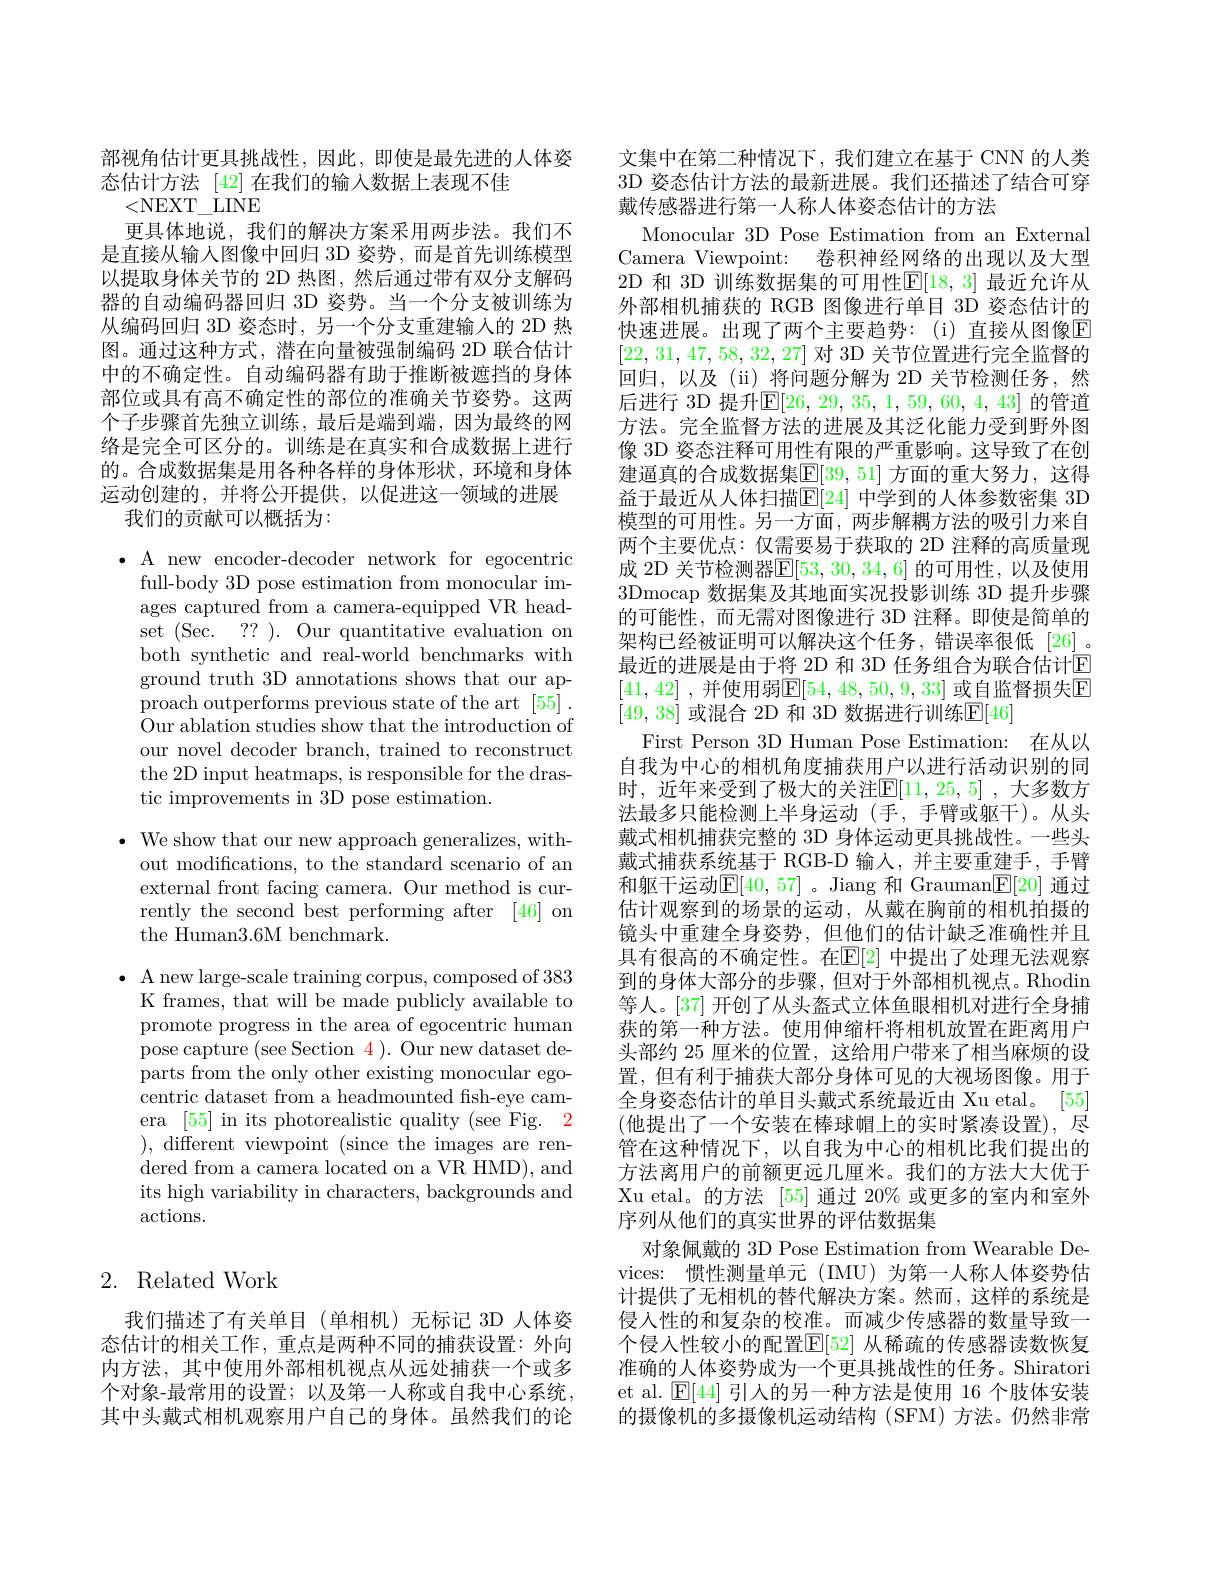
部视角估计更具挑战性，因此，即使是最先进的人体姿
态估计方法 [42]在我们的输入数据上表现不佳
<NEXT\_LINE
更具体地说，我们的解决方案采用两步法。我们不是直接从输入图像中回归 3D 姿势，而是首先训练模型以提取身体关节的 2D 热图，然后通过带有双分支解码器的自动编码器回归 3D 姿势。当一个分支被训练为从编码回归 3D 姿态时，另一个分支重建输人的 2D 热图。通过这种方式，潜在向量被强制编码 2D 联合估计中的不确定性。自动编码器有助于推断被遮挡的身体部位或具有高不确定性的部位的准确关节姿势。这两个子步骤首先独立训练，最后是端到端，因为最终的网络是完全可区分的。训练是在真实和合成数据上进行的。合成数据集是用各种各样的身体形状，环境和身体运动创建的，并将公开提供，以促进这一领域的进展
我们的贡献可以概括为：

$\bullet$ A new encoder-decoder network for egocentric
full-body 3D pose estimation from monocular images captured from a camera-equipped VR headset (Sec. ??). Our quantitative evaluation on both synthetic and real-world benchmarks with ground truth 3D annotations shows that our approach outperforms previous state of the art [55] . Our ablation studies show that the introduction of our novel decoder branch, trained to reconstruct the 2D input heatmaps, is responsible for the drastic improvements in 3D pose estimation.
$\bullet$ We show that our new approach generalizes, with-
out modifications, to the standard scenario of an external front facing camera. Our method is currently the second best performing after [46] on the Human3.6M benchmark.

$\bullet$ A new large-scale training corpus, composed of 383
K frames, that will be made publicly available to promote progress in the area of egocentric human pose capture (see Section 4). Our new dataset departs from the only other existing monocular egocentric dataset from a headmounted fish-eye camera [55] in its photorealistic quality (see Fig. 2 ), different viewpoint (since the images are rendered from a camera located on a VR HMD), and its high variability in characters, backgrounds and actions.

# 2. Related Work

我们描述了有关单目(单相机)无标记 3D 人体姿态估计的相关工作，重点是两种不同的捕获设置：外向内方法，其中使用外部相机视点从远处捕获一个或多个对象-最常用的设置；以及第一人称或自我中心系统， 其中头戴式相机观察用户自己的身体。虽然我们的论

文集中在第二种情况下，我们建立在基于 CNN 的人类3D 姿态估计方法的最新进展。我们还描述了结合可穿戴传感器进行第一人称人体姿态估计的方法
Monocular 3D Pose Estimation from an External Camera Viewpoint: 卷积神经网络的出现以及大型2D 和 3D 训练数据集的可用性$\mathbb{E}[18,3]$ 最近允许从外部相机捕获的 RGB 图像进行单目 3D 姿态估计的快速进展。出现了两个主要趋势：(i)直接从图像$\overline{\mathrm{F}}$ [22,31,47,58,32,27]对 3D 关节位置进行完全监督的回归，以及(ii)将问题分解为 2D 关节检测任务，然后进行 3D 提升$\mathbb{E}[26,29,35,1,59,60,4,43]$ 的管道方法。完全监督方法的进展及其泛化能力受到野外图像 3D 姿态注释可用性有限的严重影响。这导致了在创建逼真的合成数据集$\mathbb{E}[39,51]$ 方面的重大努力，这得益于最近从人体扫描$\mathbb{E}[24]$ 中学到的人体参数密集 3D 模型的可用性。另一方面，两步解耦方法的吸引力来自两个主要优点：仅需要易于获取的 2D 注释的高质量现成 2D 关节检测器$\mathbb{E}[53,30,34,6]$ 的可用性，以及使用3Dmocap 数据集及其地面实况投影训练 3D 提升步骤的可能性，而无需对图像进行 3D 注释。即使是简单的架构已经被证明可以解决这个任务，错误率很低[26]。最近的进展是由于将 2D 和 3D 任务组合为联合估计$\color{red}{\mathrm{E}}$ [41,42] ,并使用弱$\mathbb{E}[54,48,50,9,33]$ 或自监督损失$\mathbb{E}$ [49,38] 或混合 2D 和 3D 数据进行训练$\mathbb{E}[46]$
First Person 3D Human Pose Estimation: 在从以自我为中心的相机角度捕获用户以进行活动识别的同时，近年来受到了极大的关注$\mathbb{E}[11,25,5]$ ,大多数方法最多只能检测上半身运动(手，手臂或躯干)。从头戴式相机捕获完整的 3D 身体运动更具挑战性。一些头戴式捕获系统基于 RGB-D 输入，并主要重建手，手臂和躯干运动$\mathbb{E}[40,57]$ 。Jiang 和 Grauman$\mathbb{E}[20]$ 通过估计观察到的场景的运动，从戴在胸前的相机拍摄的镜头中重建全身姿势，但他们的估计缺乏准确性并且具有很高的不确定性。在$\mathbb{E}[2]$ 中提出了处理无法观察到的身体大部分的步骤，但对于外部相机视点。Rhodin 等人。[37] 开创了从头盔式立体鱼眼相机对进行全身捕获的第一种方法。使用伸缩杆将相机放置在距离用户头部约 25 厘米的位置，这给用户带来了相当麻烦的设置，但有利于捕获大部分身体可见的大视场图像。用于全身姿态估计的单目头戴式系统最近由 Xu etal。[55] (他提出了一个安装在棒球帽上的实时紧凑设置),尽管在这种情况下，以自我为中心的相机比我们提出的方法离用户的前额更远几厘米。我们的方法大大优于Xu etal。的方法[55]通过 20% 或更多的室内和室外序列从他们的真实世界的评估数据集
对象佩戴的 3D Pose Estimation from Wearable Devices: 惯性测量单元 (IMU)为第一人称人体姿势估计提供了无相机的替代解决方案。然而，这样的系统是侵入性的和复杂的校准。而减少传感器的数量导致一个侵入性较小的配置$\mathbb{E}[52]$ 从稀疏的传感器读数恢复准确的人体姿势成为一个更具挑战性的任务。Shiratori et al. $\mathbb{E}[44]$引人的另一种方法是使用 16 个肢体安装的摄像机的多摄像机运动结构(SFM)方法。仍然非常